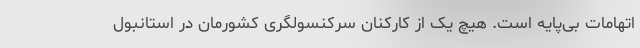
اتهامات بی‌پایه است. هیچ یک از کارکنان سرکنسولگری کشورمان در استانبول